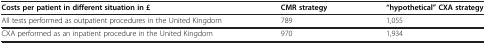
| Costs per patient in different situation in £ | CMR strategy | “hypothetical” CXA strategy |
 | --- | --- | --- |
 | All tests performed as outpatient procedures in the United Kingdom | 789 | 1,055 |
 | CXA performed as an inpatient procedure in the United Kingdom | 970 | 1,934 |